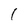
Character: 1